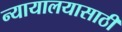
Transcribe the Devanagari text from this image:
न्यायालयासाठी